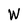
Character: W